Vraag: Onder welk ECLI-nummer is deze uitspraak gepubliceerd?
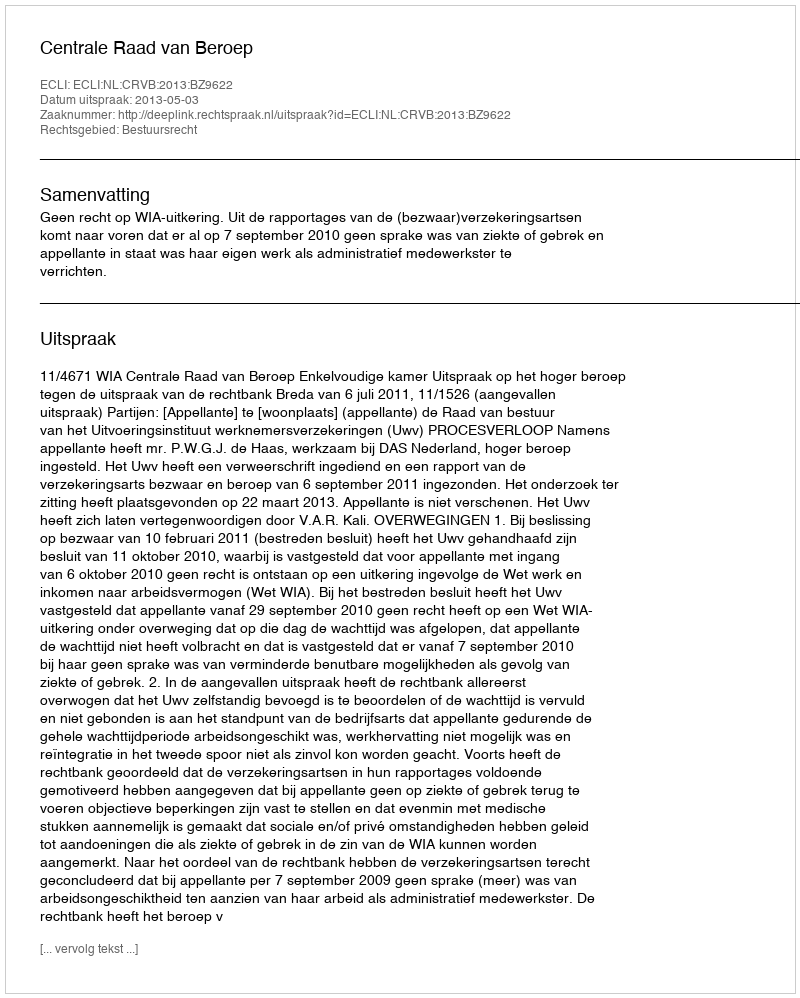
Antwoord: ECLI:NL:CRVB:2013:BZ9622